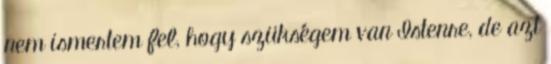
nem ismertem fel, hogy szükségem van Istenre, de azt